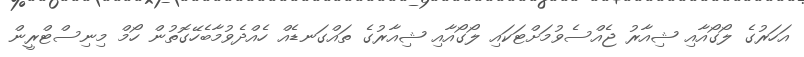
އަހަރުގެ ލޯގޯއާއި ޝިއާރު ޖެއްސެވުމަށްޓަކައި ލޯގޯއާއި ޝިއާރުގެ ތައްގަނޑެއް ހެއްދެވުމާބެހޭގޮތުން ހޯމް މިނިސްޓްރީން